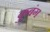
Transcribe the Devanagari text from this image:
कुबंग